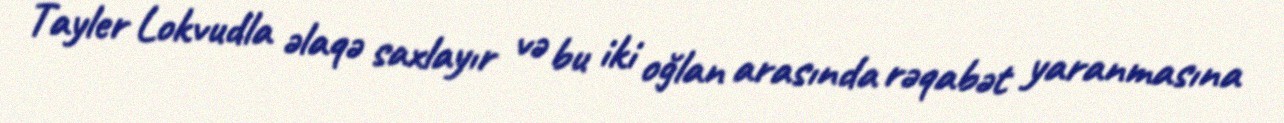
Tayler Lokvudla əlaqə saxlayır və bu iki oğlan arasında rəqabət yaranmasına